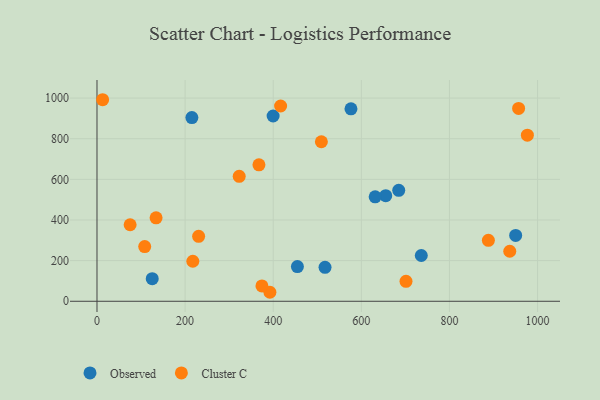
{"axis": {"x": "Engine Size", "y": "Profit"}, "legend": ["Cluster C", "Observed"], "data": [{"x": "736.1", "y": 225.4, "type": "Observed"}, {"x": "399.8", "y": 911.7, "type": "Observed"}, {"x": "655.4", "y": 519.6, "type": "Observed"}, {"x": "517.6", "y": 167.0, "type": "Observed"}, {"x": "125.4", "y": 111.3, "type": "Observed"}, {"x": "215.4", "y": 904.1, "type": "Observed"}, {"x": "576.5", "y": 947.1, "type": "Observed"}, {"x": "454.9", "y": 170.8, "type": "Observed"}, {"x": "950.3", "y": 324.2, "type": "Observed"}, {"x": "631.4", "y": 513.9, "type": "Observed"}, {"x": "684.9", "y": 546.2, "type": "Observed"}, {"x": "701.4", "y": 98.0, "type": "Cluster C"}, {"x": "12.8", "y": 991.9, "type": "Cluster C"}, {"x": "416.8", "y": 961.1, "type": "Cluster C"}, {"x": "230.7", "y": 319.8, "type": "Cluster C"}, {"x": "509.3", "y": 785.2, "type": "Cluster C"}, {"x": "134.1", "y": 410.5, "type": "Cluster C"}, {"x": "367.6", "y": 671.5, "type": "Cluster C"}, {"x": "75.2", "y": 376.5, "type": "Cluster C"}, {"x": "108.3", "y": 269.4, "type": "Cluster C"}, {"x": "322.8", "y": 614.9, "type": "Cluster C"}, {"x": "976.9", "y": 817.4, "type": "Cluster C"}, {"x": "217.5", "y": 196.9, "type": "Cluster C"}, {"x": "957.0", "y": 949.0, "type": "Cluster C"}, {"x": "392.5", "y": 44.3, "type": "Cluster C"}, {"x": "374.4", "y": 75.6, "type": "Cluster C"}, {"x": "936.9", "y": 246.1, "type": "Cluster C"}, {"x": "888.4", "y": 299.9, "type": "Cluster C"}]}